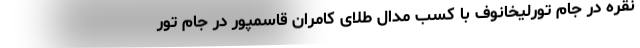
نقره در جام تورلیخانوف با کسب مدال طلای کامران قاسمپور در جام تور